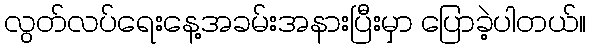
လွတ်လပ်ရေးနေ့အခမ်းအနားပြီးမှာ ပြောခဲ့ပါတယ်။